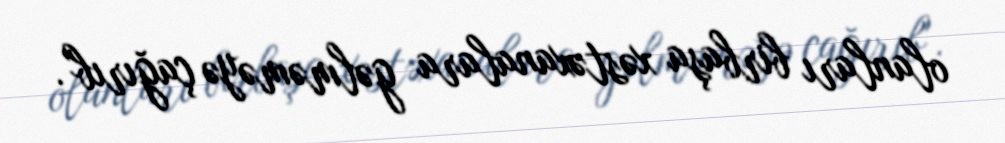
olanları birbaşa xəstəxanalara gəlməməyə çağırıb".